Report of the Indian Hemp Drugs Commission, 1894-1895 - Volume IV
Year: 1894
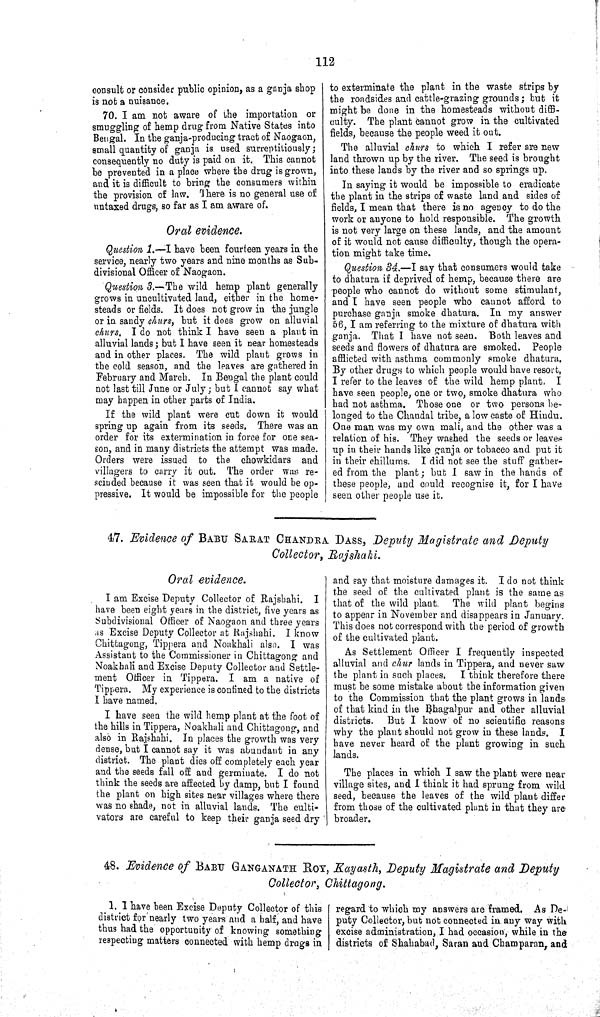
112
consult or consider public opinion, as a ganja shop
is not a nuisance.
70. I am not aware of the importation or
smuggling of hemp drug from Native States into
Bengal. In the ganja-producing tract of Naogaon,
small quantity of ganja is used surreptitiously;
cousequently no duty is paid on it. This cannot
be prevented in a place where the drug is grown,
and it is difficult to bring the consumers within
the provision of law. There is no general use of
untaxed drugs, so far as I am aware of.
Oral evidence.
Question 1.—I have been fourteen years in the
service, nearly two years and nine months as Sub-
divisional Officer of Naogaon.
Question 3.—The wild hemp plant generally
grows in uncultivated land, either in the home¬
steads or fields. It does not grow in the jungle
or in sandy churs, but it does grow on alluvial
churs. I do not think I have seen a plant in
alluvial lands; but I have seen it near homesteads
and in other places. The wild plant grows in
the cold season, and the leaves are gathered in
February and March. In Bengal the plant could
not last till June or July; but I cannot say what
may happen in other parts of India.
If the wild plant were cut down it would
spring up again from its seeds. There was an
order for its extermination in force for one sea¬
son, and in many districts the attempt was made.
Orders were issued to the chowkidars and
villagers to carry it out. The order was re¬
scinded because it was seen that it would be op¬
pressive. It would be impossible for the people
to exterminate the plant in the waste strips by
the roadsides and cattle-grazing grounds; but it
might be done in the homesteads without diffi¬
culty. The plant cannot grow in the cultivated
fields, because the people weed it out.
The alluvial churs to which I refer are new
land thrown up by the river. The seed is brought
into these lands by the river and so springs up.
In saying it would be impossible to eradicate
the plant in the strips of waste land and sides of
fields, I mean that there is no agency to do the
work or anyone to hold responsible. The growth
is not very large on these lands, and the amount
of it would not cause difficulty, though the opera¬
tion might take time.
Question 34.—I say that consumers would take
to dhatura if deprived of hemp, because there are
people who cannot do without some stimulant,
and I have seen people who cannot afford to
purchase ganja smoke dhatura. In my answer
56, I am referring to the mixture of dhatura with
ganja. That I have not seen. Both leaves and
seeds and flowers of dhatura are smoked. People
afflicted with asthma commonly smoke dhatura.
By other drugs to which people would have resort,
I refer to the leaves of the wild hemp plant. I
have seen people, one or two, smoke dhatura who
had not asthma. Those one or two persons be¬
longed to the Chandal tribe, a low caste of Hindu.
One man was my own mali, and the other was a
relation of his. They washed the seeds or leaves
up in their hands like ganja or tobacco and put it
in their chillums. I did not see the stuff gather¬
ed from the plant; but I saw in the hands of
these people, and could recognise it, for I have
seen other people use it.
47. Evidence of BABU SARAT CHANDRA DASS, Deputy Magistrate and Deputy
Collector, Rajshahi.
Oral evidence.
I am Excise Deputy Collector of Rajshahi. I
have been eight years in the district, five years as
Subdivisional Officer of Naogaon and three years
as Excise Deputy Collector at Rajshahi. I know
Chittagong, Tippera and Noakhali also. I was
Assistant to the Commissioner in Chittagong and
Noakhali and Excise Deputy Collector and Settle¬
ment Officer in Tippera. I am a native of
Tippera. My experience is confined to the districts
I have named.
I have seen the wild hemp plant at the foot of
the hills in Tippera, Noakhali and Chittagong, and
also in Rajshahi. In places the growth was very
dense, but I cannot say it was abundant in any
district. The plant dies off completely each year
and the seeds fall off and germinate. I do not
think the seeds are affected by damp, but I found
the plant on high sites near villages where there
was no shade, not in alluvial lands. The culti¬
vators are careful to keep their ganja seed dry
and say that moisture damages it. I do not think
the seed of the cultivated plant is the same as
that of the wild plant. The wild plant begins
to appear in November and disappears in January.
This does not correspond with the period of growth
of the cultivated plant.
As Settlement Officer I frequently inspected
alluvial and chur lands in Tippera, and never saw
the plant in such places, I think therefore there
must be some mistake about the information given
to the Commission that the plant grows in lands
of that kind in the Bhagalpur and other alluvial
districts. But I know of no scientific reasons
why the plant should not grow in these lands. I
have never heard of the plant growing in such
lands.
The places in which I saw the plant were near
village sites, and I think it had sprung from wild
seed, because the leaves of the wild plant differ
from those of the cultivated plant in that they are
broader.
48. Evidence of BABU GANGANATH ROY, Kayasth, Deputy Magistrate and Deputy
Collector, Chittagong.
1. I have been Excise Deputy Collector of this
district for nearly two years and a half, and have
thus had the opportunity of knowing something
respecting matters connected with hemp drugs in
regard to which my answers are framed. As De¬
puty Collector, but not connected in any way with
excise administration, I had occasion, while in the
districts of Shahabad, Saran and Champaran, and